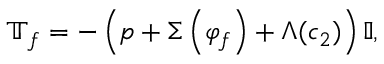
\mathbb { T } _ { f } = - \left( p + \Sigma \left( \varphi _ { f } \right) + \Lambda ( c _ { 2 } ) \right) \mathbb { I } ,